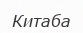
Китаба